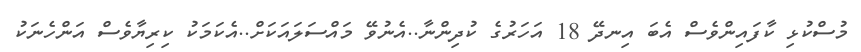
މުސްކުޅި ކާފައިންވެސް އެބަ އިނދޭ 18 އަހަރުގެ ކުދިންނާ..އެނުވޭ މައްސަލައަކަށް..އެކަމަކު ކިރިޔާވެސް އަންހެނަކު